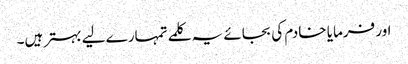
اور فرمایا خادم کی بجائے یہ کلمے تمہارے لیے بہتر ہیں۔